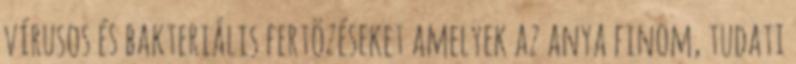
vírusos és bakteriális fertõzéseket amelyek az anya finom, tudati